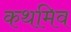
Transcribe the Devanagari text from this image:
कथमिव